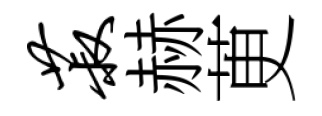
菽赫茰